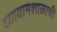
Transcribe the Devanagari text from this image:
व्यायामशाळाची